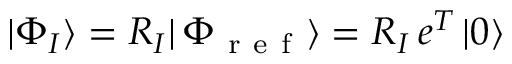
| \Phi _ { I } \rangle = R _ { I } | \, \Phi _ { \mathrm { ~ r ~ e ~ f ~ } } \rangle = R _ { I } \, e ^ { T } \, | 0 \rangle